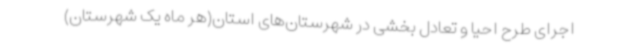
اجرای طرح احیا و تعادل بخشی در شهرستان‌های استان(هر ماه یک شهرستان)